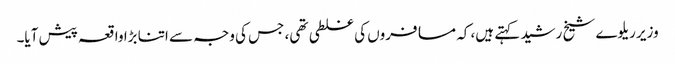
وزیر ریلوے شیخ رشید کہتے ہیں، کہ مسافروں کی غلطی تھی، جس کی وجہ سے اتنا بڑا واقعہ پیش آیا۔